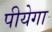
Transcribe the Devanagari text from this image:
पीयेगा